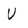
Character: U